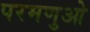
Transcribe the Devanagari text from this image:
परमणुओ